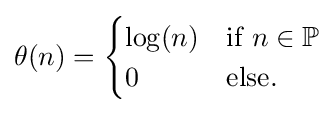
\theta (n)={\begin{cases}\log(n)&{\text{if }}n\in \mathbb {P} \\0&{\text{else.}}\end{cases}}